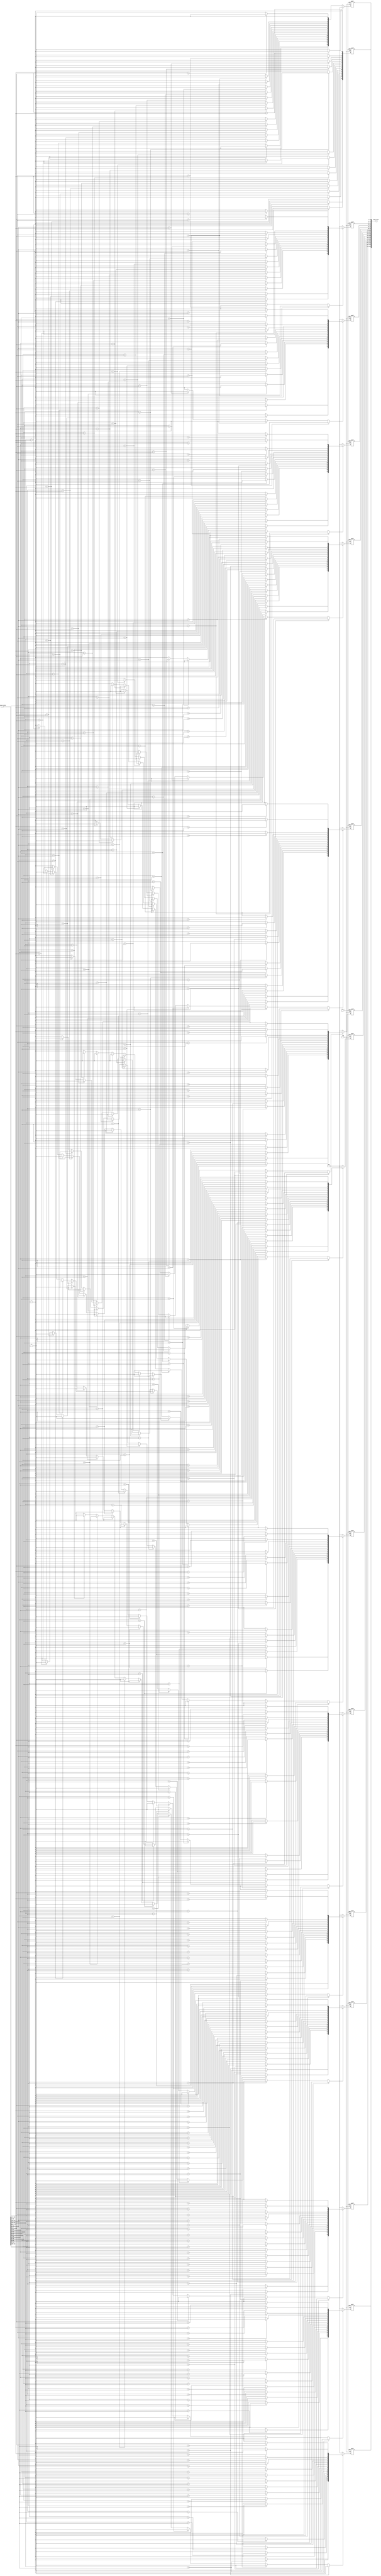


// this module 
// ===============================================================
// TOP MODULE
// ===============================================================
module Adder_mask
#(
    
    parameter NUM_MACRO=16,
    parameter OUT_CH=512

)
(
    // input
	clk,
	rst_n,
    WHICH_FILTER,

    // // output
    Adder_mask
    
);


// ===============================================================
// Parameter & Integer Declaration
// ===============================================================
integer i,j,k;
localparam BIT_OUT_CH = $clog2(OUT_CH);




// ===============================================================
// wire & reg Declaration
// ===============================================================
reg [BIT_OUT_CH-1:0]        which_filter                    [0:NUM_MACRO-1];
reg [NUM_MACRO-1:0]       comp_array                      [0:NUM_MACRO-1];
reg [NUM_MACRO-1:0]         unique_value_first_position;
reg [NUM_MACRO-1:0]         adder_mask                      [0:NUM_MACRO-1];

// ===============================================================
// Input & Output Declaration
// ===============================================================
input clk, rst_n;
input [NUM_MACRO * BIT_OUT_CH-1 : 0] WHICH_FILTER;
output reg [NUM_MACRO * NUM_MACRO-1 : 0] Adder_mask;


//================================================================
// DESIGN
//================================================================
always@(*)begin
    for(i=0;i<NUM_MACRO;i=i+1)begin
        which_filter[i] = WHICH_FILTER[i*BIT_OUT_CH +: BIT_OUT_CH];
    end
end

always@(*)begin
    for(i=0;i<NUM_MACRO;i=i+1)begin
        for(j=0;j<NUM_MACRO;j=j+1)begin
            comp_array[i][j] = (which_filter[j]==which_filter[i]) ? 1'b1 : 1'b0;
        end
    end
end


always@(*)begin
    
    unique_value_first_position = {NUM_MACRO{1'b1}};

    for(i=0;i<NUM_MACRO;i=i+1)begin
        for(j=0;j<i;j=j+1)begin
            if(which_filter[i] == which_filter[j])begin
                unique_value_first_position[i] = 1'b0;
            end
        end
    end
end


always@(posedge clk or negedge rst_n) begin
    if(!rst_n) begin
        for(i=0;i<NUM_MACRO;i=i+1)begin
            adder_mask[i] <=0;
        end
    end
    else begin
        for(i=0;i<NUM_MACRO;i=i+1)begin
            adder_mask[i] <= (unique_value_first_position[i]==1) ? comp_array[i] : 'd0;
        end
    end
end


always@(*)begin
    for(i=0;i<NUM_MACRO;i=i+1)begin
        Adder_mask[i*NUM_MACRO +: NUM_MACRO] = adder_mask[i];
    end
end

endmodule